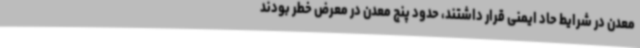
معدن در شرایط حاد ایمنی قرار داشتند، حدود پنج معدن در معرض خطر بودند